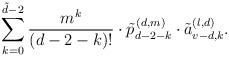
LaTeX: \begin{align*}\sum\limits_{k=0}^{\tilde{d}-2}\dfrac{m^k}{(d-2-k)!}\cdot\tilde{p}_{d-2-k}^{\,(d,m)}\cdot \tilde{a}_{v-d,k}^{(l,d)}.\end{align*}